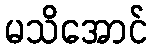
မသိအောင်